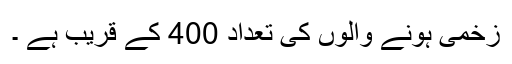
زخمی ہونے والوں کی تعداد 400 کے قریب ہے ۔